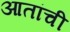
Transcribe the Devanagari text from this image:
आतांची